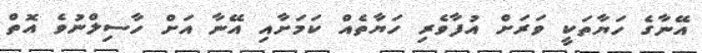
އޭނާގެ ހަޔާތަކީ ވަރަށް އުފާވެރި ހަޔާތެއް ކަމަށާއި އޭނާ އަށް ހާސިލްނުވެ އޮތް